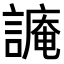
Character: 𧫥